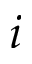
i